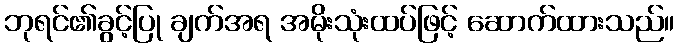
ဘုရင်၏ခွင့်ပြု ချက်အရ အမိုးသုံးထပ်ဖြင့် ဆောက်ထားသည်။